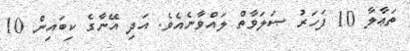
ތަޢާލާ 10 ފަހަރު ޞަލަވާތް ލައްވާނެއެވެ. އަދި އޭނާގެ ކިބައިން 10